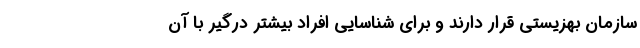
سازمان بهزیستی قرار دارند و برای شناسایی افراد بیشتر درگیر با آن